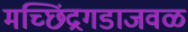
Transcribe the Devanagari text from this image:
मच्छिंद्रगडाजवळ